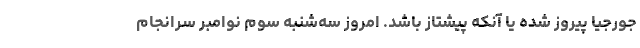
جورجیا پیروز شده یا آنکه پیشتاز باشد. امروز سه‌شنبه سوم نوامبر سرانجام